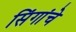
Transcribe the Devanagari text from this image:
सिंगांचे